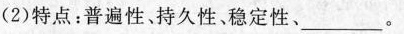
(2)特点：普遍性。持久性、稳定性、_。